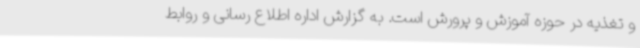
و تغذیه در حوزه آموزش و پرورش است. به گزارش اداره اطلاع رسانی و روابط